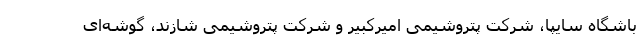
باشگاه سایپا، شرکت پتروشیمی امیرکبیر و شرکت پتروشیمی شازند، گوشه‌ای